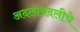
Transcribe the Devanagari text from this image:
अदलाबदलीचे